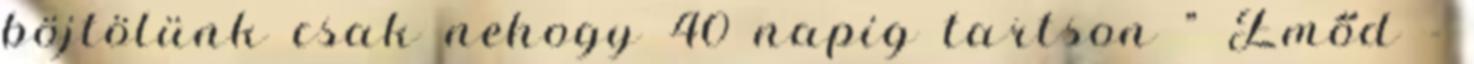
böjtölünk csak nehogy 40 napig tartson " Emőd -